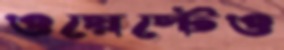
ওয়েস্টেও